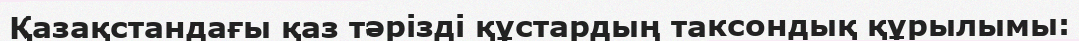
Қазақстандағы қаз тәрізді құстардың таксондық құрылымы: